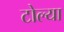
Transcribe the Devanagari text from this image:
टोल्या